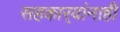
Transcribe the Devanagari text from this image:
सहकार्‍यांनाही